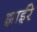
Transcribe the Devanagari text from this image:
झाईरे